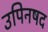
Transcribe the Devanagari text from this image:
उपिनषद